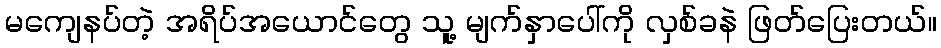
မကျေနပ်တဲ့ အရိပ်အယောင်တွေ သူ့ မျက်နှာပေါ်ကို လှစ်ခနဲ ဖြတ်ပြေးတယ်။